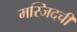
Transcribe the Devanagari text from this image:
मस्जिदची